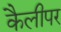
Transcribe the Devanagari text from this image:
कैलीपर